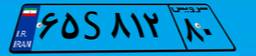
۶۵S۸۱۲۸۰